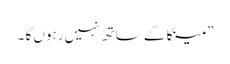
” مینکا کے ساتھ نہیں رہوں گا ۔